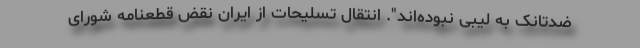
ضدتانک به لیبی نبوده‌اند". انتقال تسلیحات از ایران نقض قطعنامه شورای